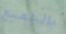
بالجميع